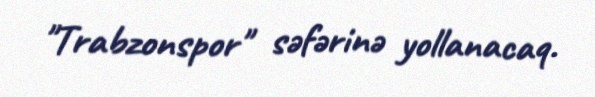
"Trabzonspor" səfərinə yollanacaq.